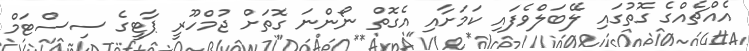
އެއްޗެއްގެ ގޮތުގައި ލޭބަލްވެފައި ކަމަށާއި އެގޮތް ނޯންނަ ގޮތަށް ޖުމްހޫރީ ޕާޓީގެ ސިސްޓަމް